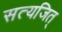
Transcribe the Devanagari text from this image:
सत्यजित्‌